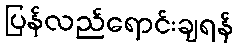
ပြန်လည်ရောင်းချရန်